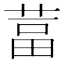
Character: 葍